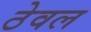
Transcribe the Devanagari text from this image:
ठेवल